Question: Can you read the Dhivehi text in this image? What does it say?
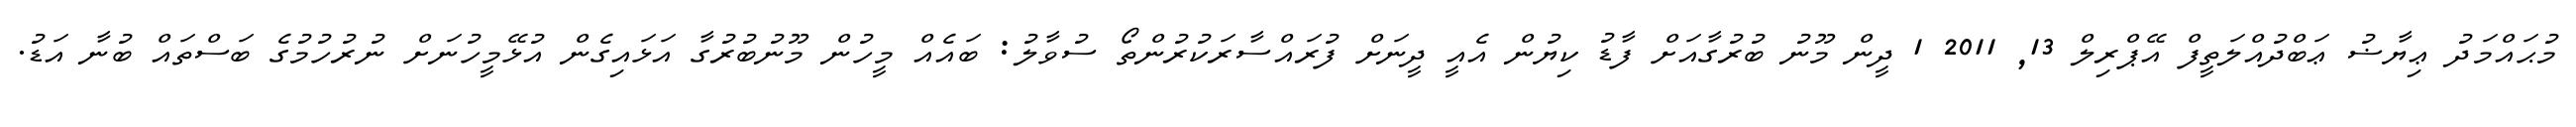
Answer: މުޙައްމަދު ޢިޔާޟު ޢަބްދުއްލަތީފް އޭޕްރިލް 13, 2011 1 ދީން މޫނު ބުރުގާއަށް ފާޑު ކިޔުން އެއީ ދީނަށް ފުރައްސާރަކުރުންތޯ ސުވާލު: ބައެއް މީހުން މޫނުބުރުގާ އަޅައިގެން އުޅޭމީހުނަށް ނުރުހުމުގެ ބަސްތައް ބުނާ އަޑު.